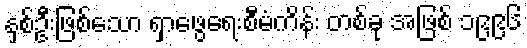
နှစ်ဦးဖြစ်သော ရှာဖွေရေးစီမံကိန်း တစ်ခု အဖြစ် ၁၉၉၆